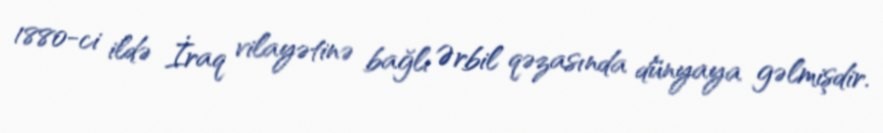
1880-ci ildə İraq vilayətinə bağlı Ərbil qəzasında dünyaya gəlmişdir.